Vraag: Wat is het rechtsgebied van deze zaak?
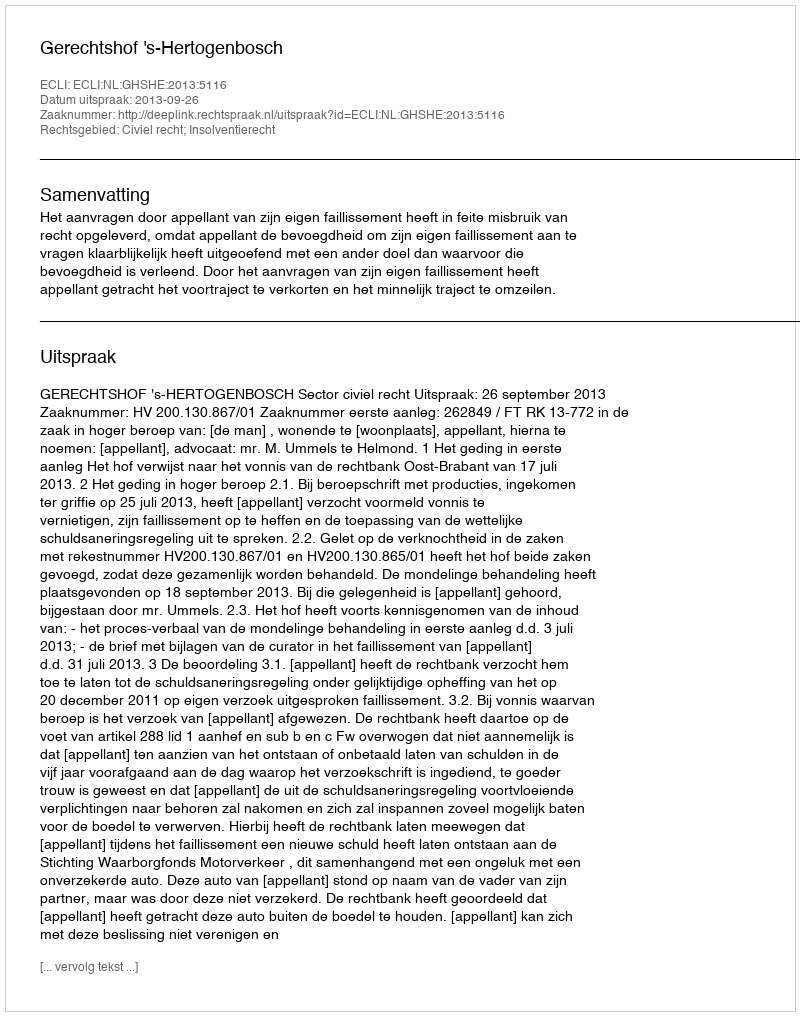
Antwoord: Civiel recht; Insolventierecht